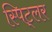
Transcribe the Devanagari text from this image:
स्पिट्लर